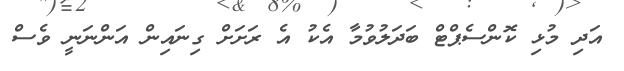
އަދި މުޅި ކޮންސެޕްޓް ބަދަލުވުމާ އެކު އެ ރަށަށް ގިނައިން އަންނަނީ ވެސް